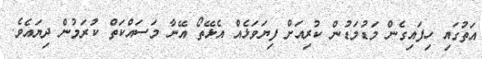
އަތުގައި ހިފައިގެން މަޑުމަޑުން ކުރިއަށް ފިޔަވަޅެއް އެޅޭތޯ އޭނާ މަސައްކަތް ކުރަމުން ދިޔައެވެ.